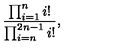
{ \frac { \prod _ { i = 1 } ^ { n } i ! } { \prod _ { i = n } ^ { 2 n - 1 } i ! } } ,